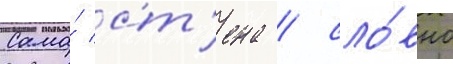
Сама́ ст'ена / сло́вно